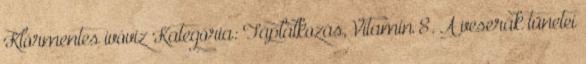
Klórmentes ivóvíz Kategória: Táplálkozás, Vitamin 8. A veserák tünetei